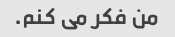
من فکر می کنم.